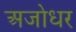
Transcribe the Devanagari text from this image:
अजोधर